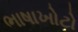
ભાષાખોટો